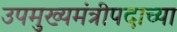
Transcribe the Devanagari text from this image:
उपमुख्यमंत्रीपदाच्या